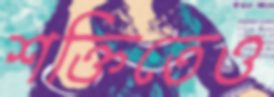
শক্তিতেও